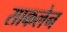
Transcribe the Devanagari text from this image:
साकलेन